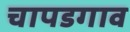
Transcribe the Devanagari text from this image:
चापडगाव